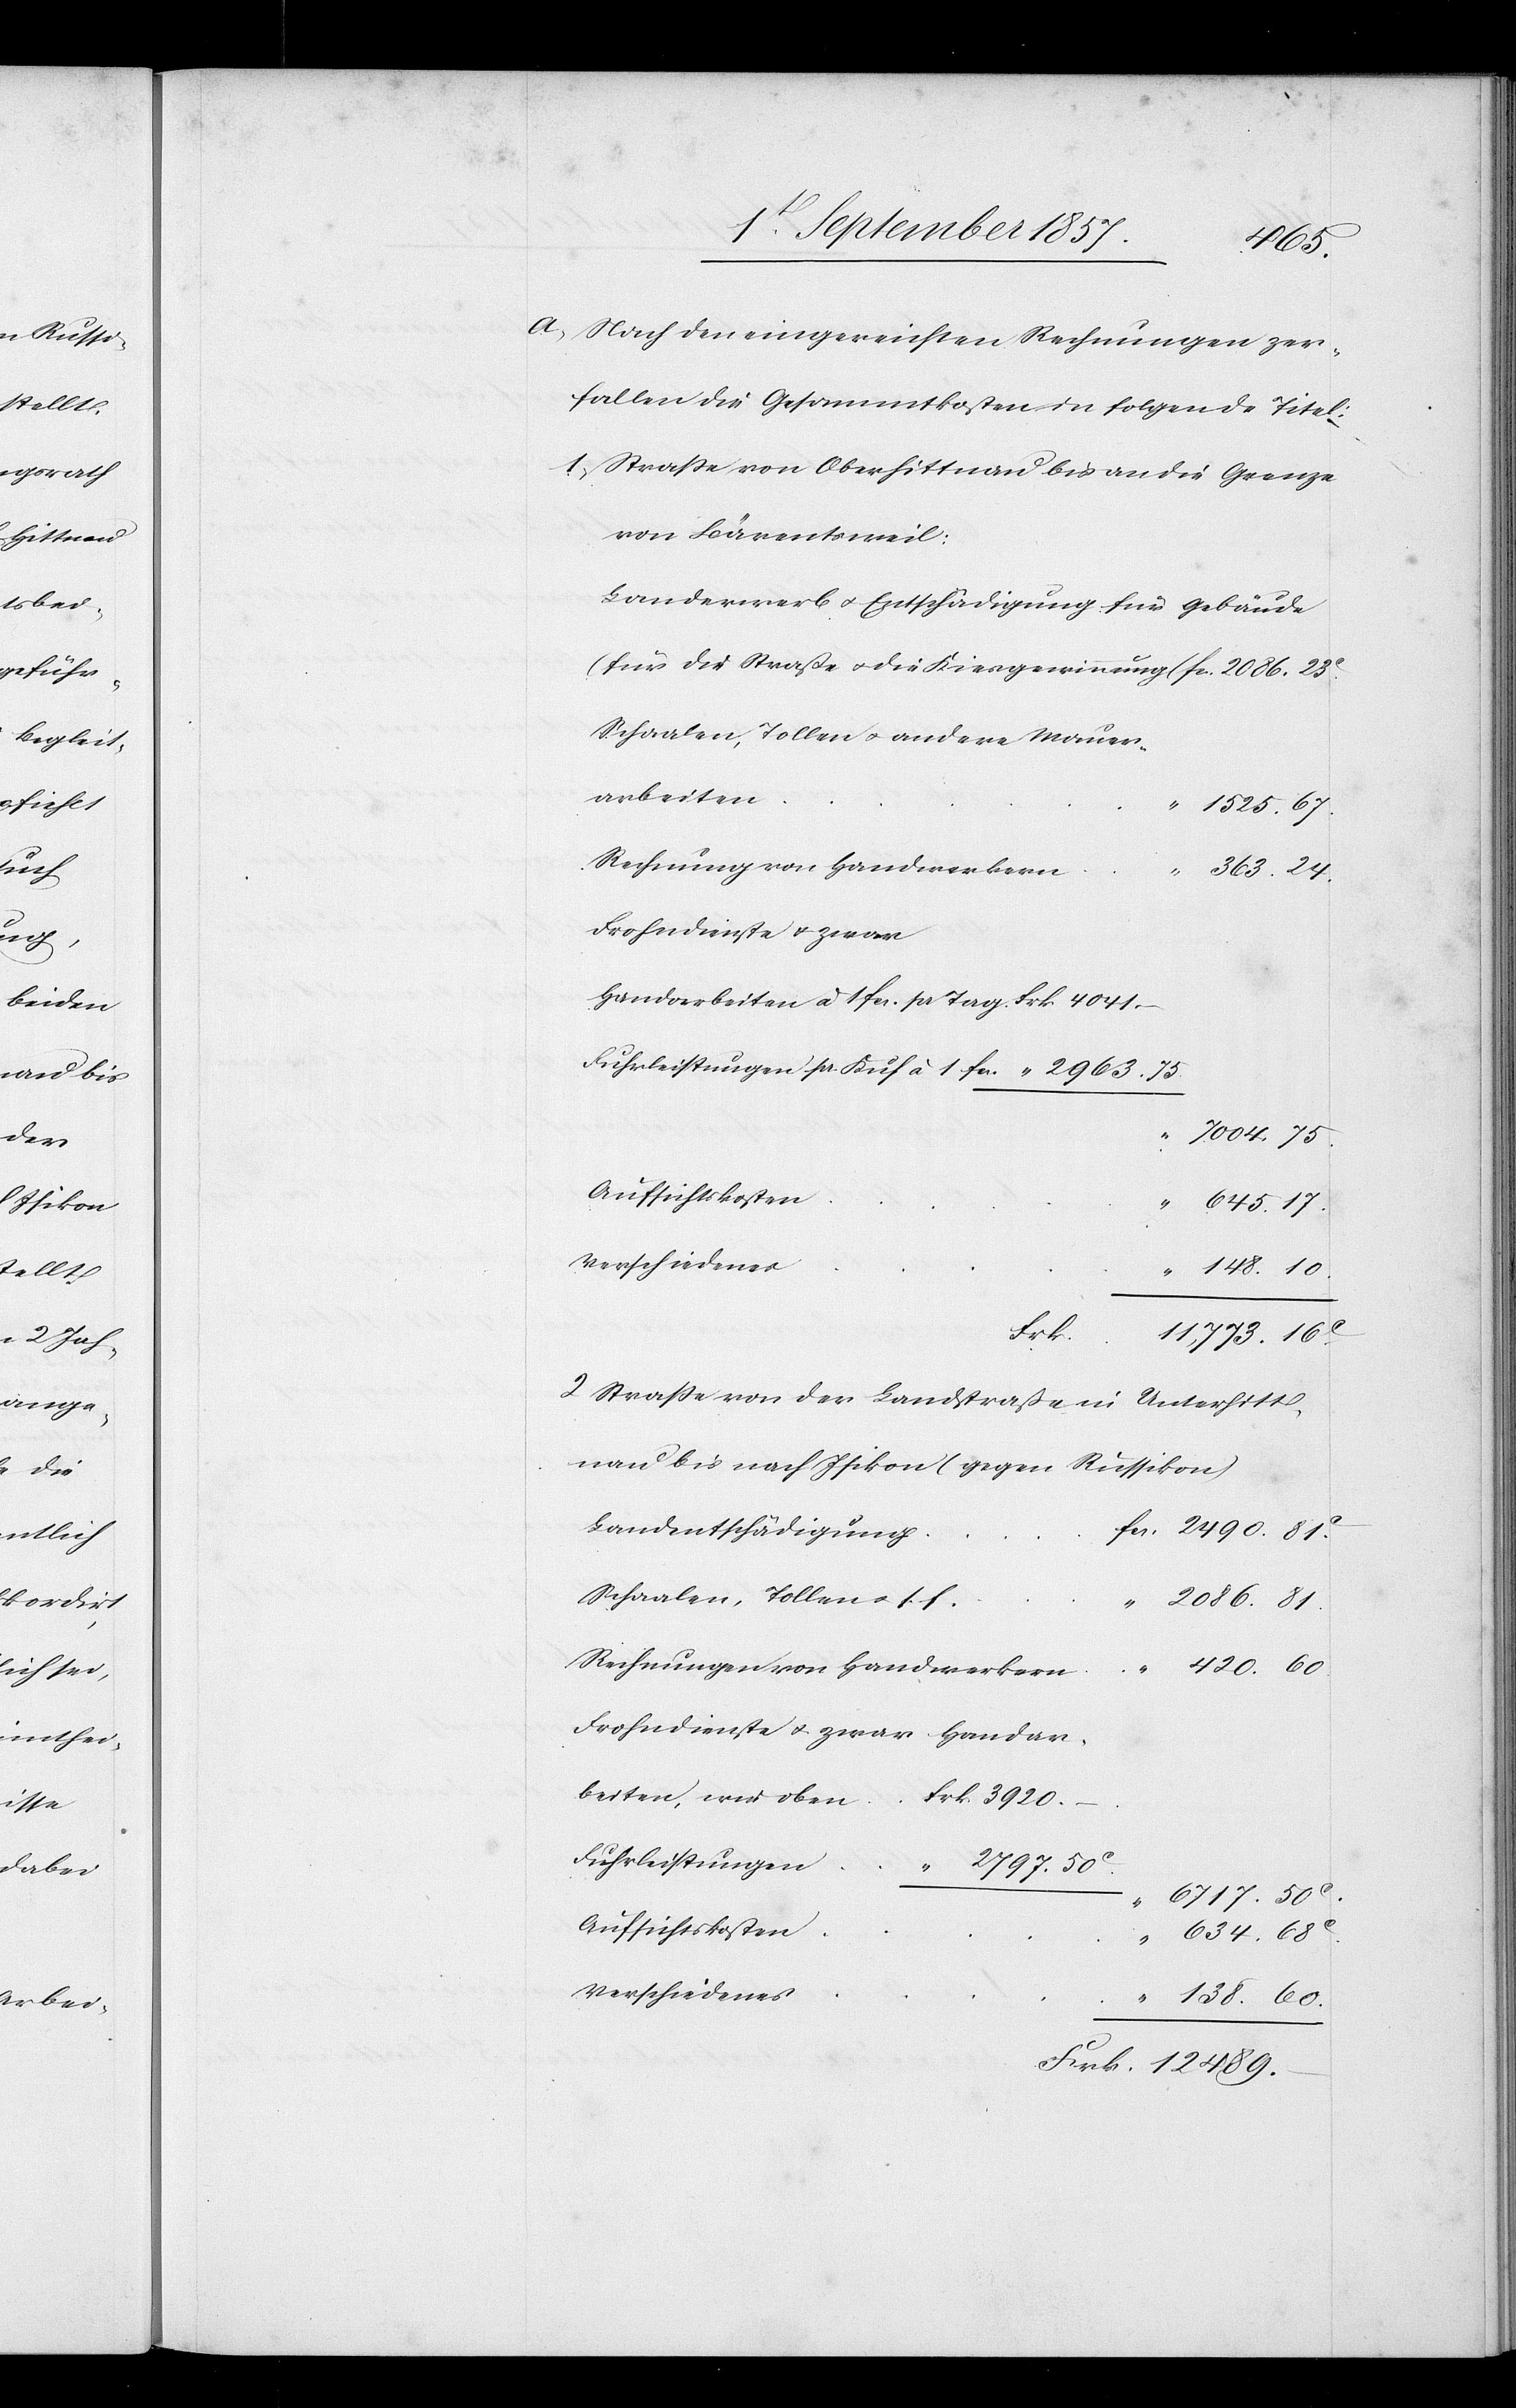
von
A, Nach den eingeweihten Rechnungen zer¬
fallen die Gesammtkosten in folgende Titel:
1, Straße von Oberhittnau bis an die Grenze
Landerwerb & Entschädigung für Gebäude
1525. 67
363. 24
Frohndienste & zwar
Handarbeiten à 1 fcs. pr. Tag Frk. 4041.
Fuhrleistungen pr. Kuf à 1 fcs.		 “ 2963. 73
7004. 75
645. 17
138. 60
Frk.
11,773. 16c
2, Straße von der Landstraße in Unterhittnau
Landentschädigung
2490. 81c
Schaalen, Tollen &. s. f.
2086. 81
420.
Frohndienste & zwar Handar¬
beiten, wie obe¬
n	Frk. 3920.
Fuhrleistungen
“ 2797. 50c
6717. 50c
634. 68c
Frk. 12489.